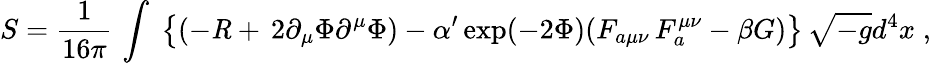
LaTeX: S=\frac{1}{16\pi}\, \int\; \left\{ (-{\mathit R}+\, 2\partial_{\mu}\Phi\partial^{\mu}\Phi)-\alpha^{\prime}\exp(-2\Phi)(F_{a\mu\nu}\, F_{a}^{\mu\nu}-\beta{G})\right\} \, \sqrt{-g}d^{4}x\; ,